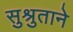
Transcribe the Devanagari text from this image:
सुश्रुताने